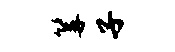
篝子